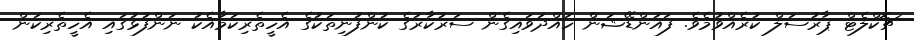
ޗޮކްލެޓް ޕާރުސަލް ކުރެއްވުމެވެ. ފައުންޑޭޝަން ހައްދަވައިގެން ސަރުކާރުގެ ކުންފުނިތަކުގެ އެހީތެރިކަމާއެކު ނަންފުޅުގައި އެހީތެރިކަން